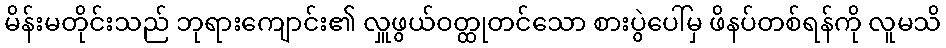
မိန်းမတိုင်းသည် ဘုရားကျောင်း၏ လှူဖွယ်ဝတ္ထုတင်သော စားပွဲပေါ်မှ ဖိနပ်တစ်ရန်ကို လူမသိ